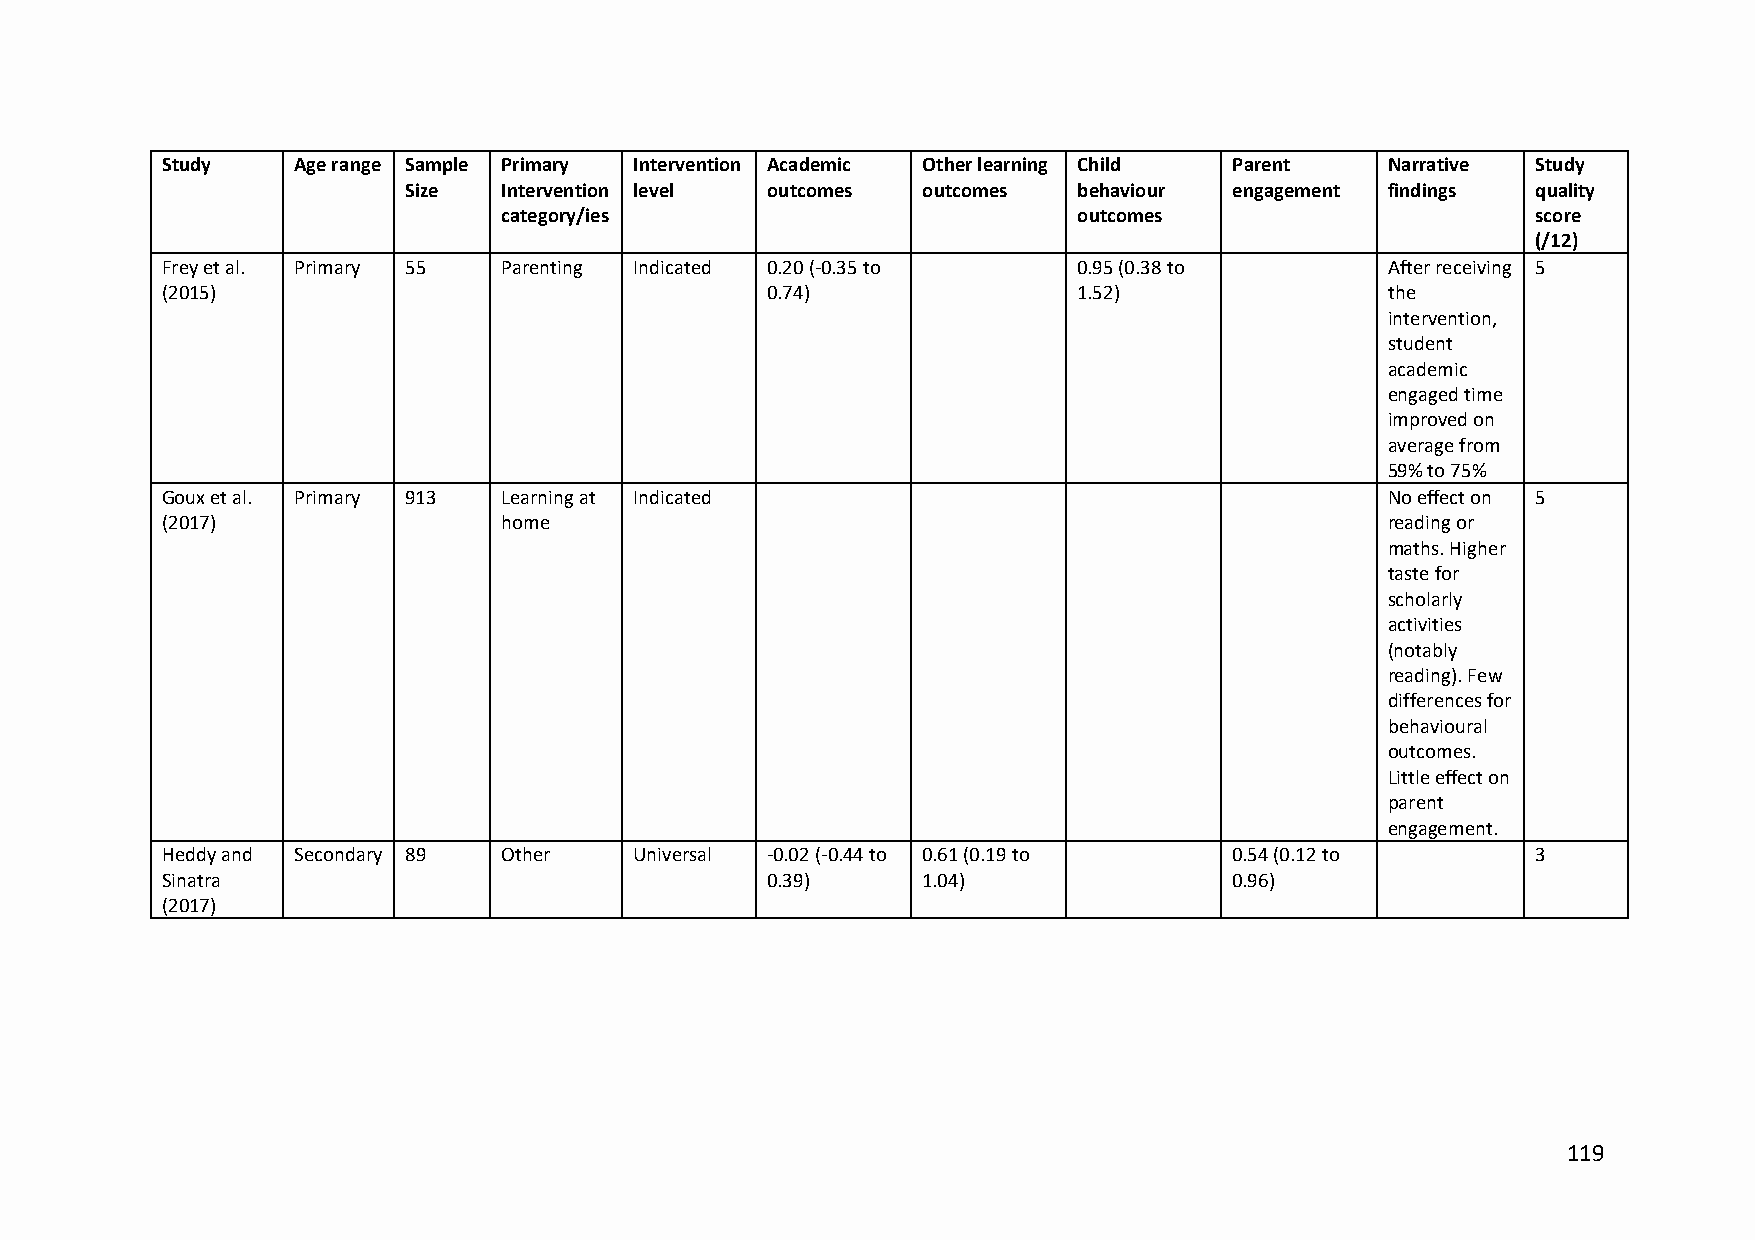
Study   Age range Sample Primary Intervention Academic Other learning Child Parent Narrative Study
 Size  Intervention level outcomes outcomes  behaviour  engagement findings quality
 category/ies                          outcomes                       score
 (/12)
 Frey et al. Primary 55 Parenting Indicated 0.20 (-0.35 to   0.95 (0.38 to        After receiving 5
 (2015)                                  0.74)               1.52)                the
 intervention,
 student
 academic
 engaged time
 improved on
 average from
 59% to 75%
 Goux et al. Primary 913 Learning at Indicated                                    No effect on 5
 (2017)                home                                                       reading or
 maths. Higher
 taste for
 scholarly
 activities
 (notably
 reading). Few
 differences for
 behavioural
 outcomes.
 Little effect on
 parent
 engagement.
 Heddy and Secondary 89 Other   Universal -0.02 (-0.44 to 0.61 (0.19 to 0.54 (0.12 to       3
 Sinatra                                 0.39)     1.04)                0.96)
 (2017)
 119